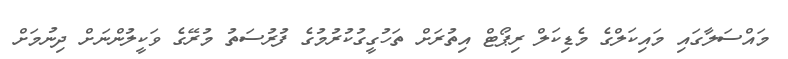
މައްސަލާގައި މައިކަލްގެ މެޑިކަލް ރިޕޯޓް އިތުރަށް ތަހުގީގުކުރުމުގެ ފުރުސަތު މުރޭގެ ވަކީލުންނަށް ދިނުމަށް